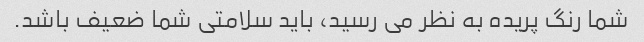
شما رنگ پریده به نظر می رسید، باید سلامتی شما ضعیف باشد.